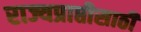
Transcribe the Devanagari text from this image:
राज्यप्राप्तीसाठी